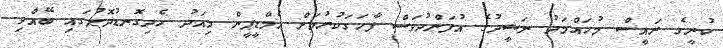
ކުރީގެ ރައީސް މުހައްމަދު ނަޝީދުގެ އުފަންދުވަސް ފާހަގަކުރުމަށް އެމްޑީޕީން މިއަދު ހެދިގޮނޑުދޮށުގައި ބޭއްވި